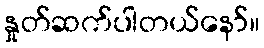
နှုတ်ဆက်ပါတယ်နော်။